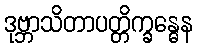
ဒုဗ္ဘာသိတာပတ္တိက္ခန္ဓေန